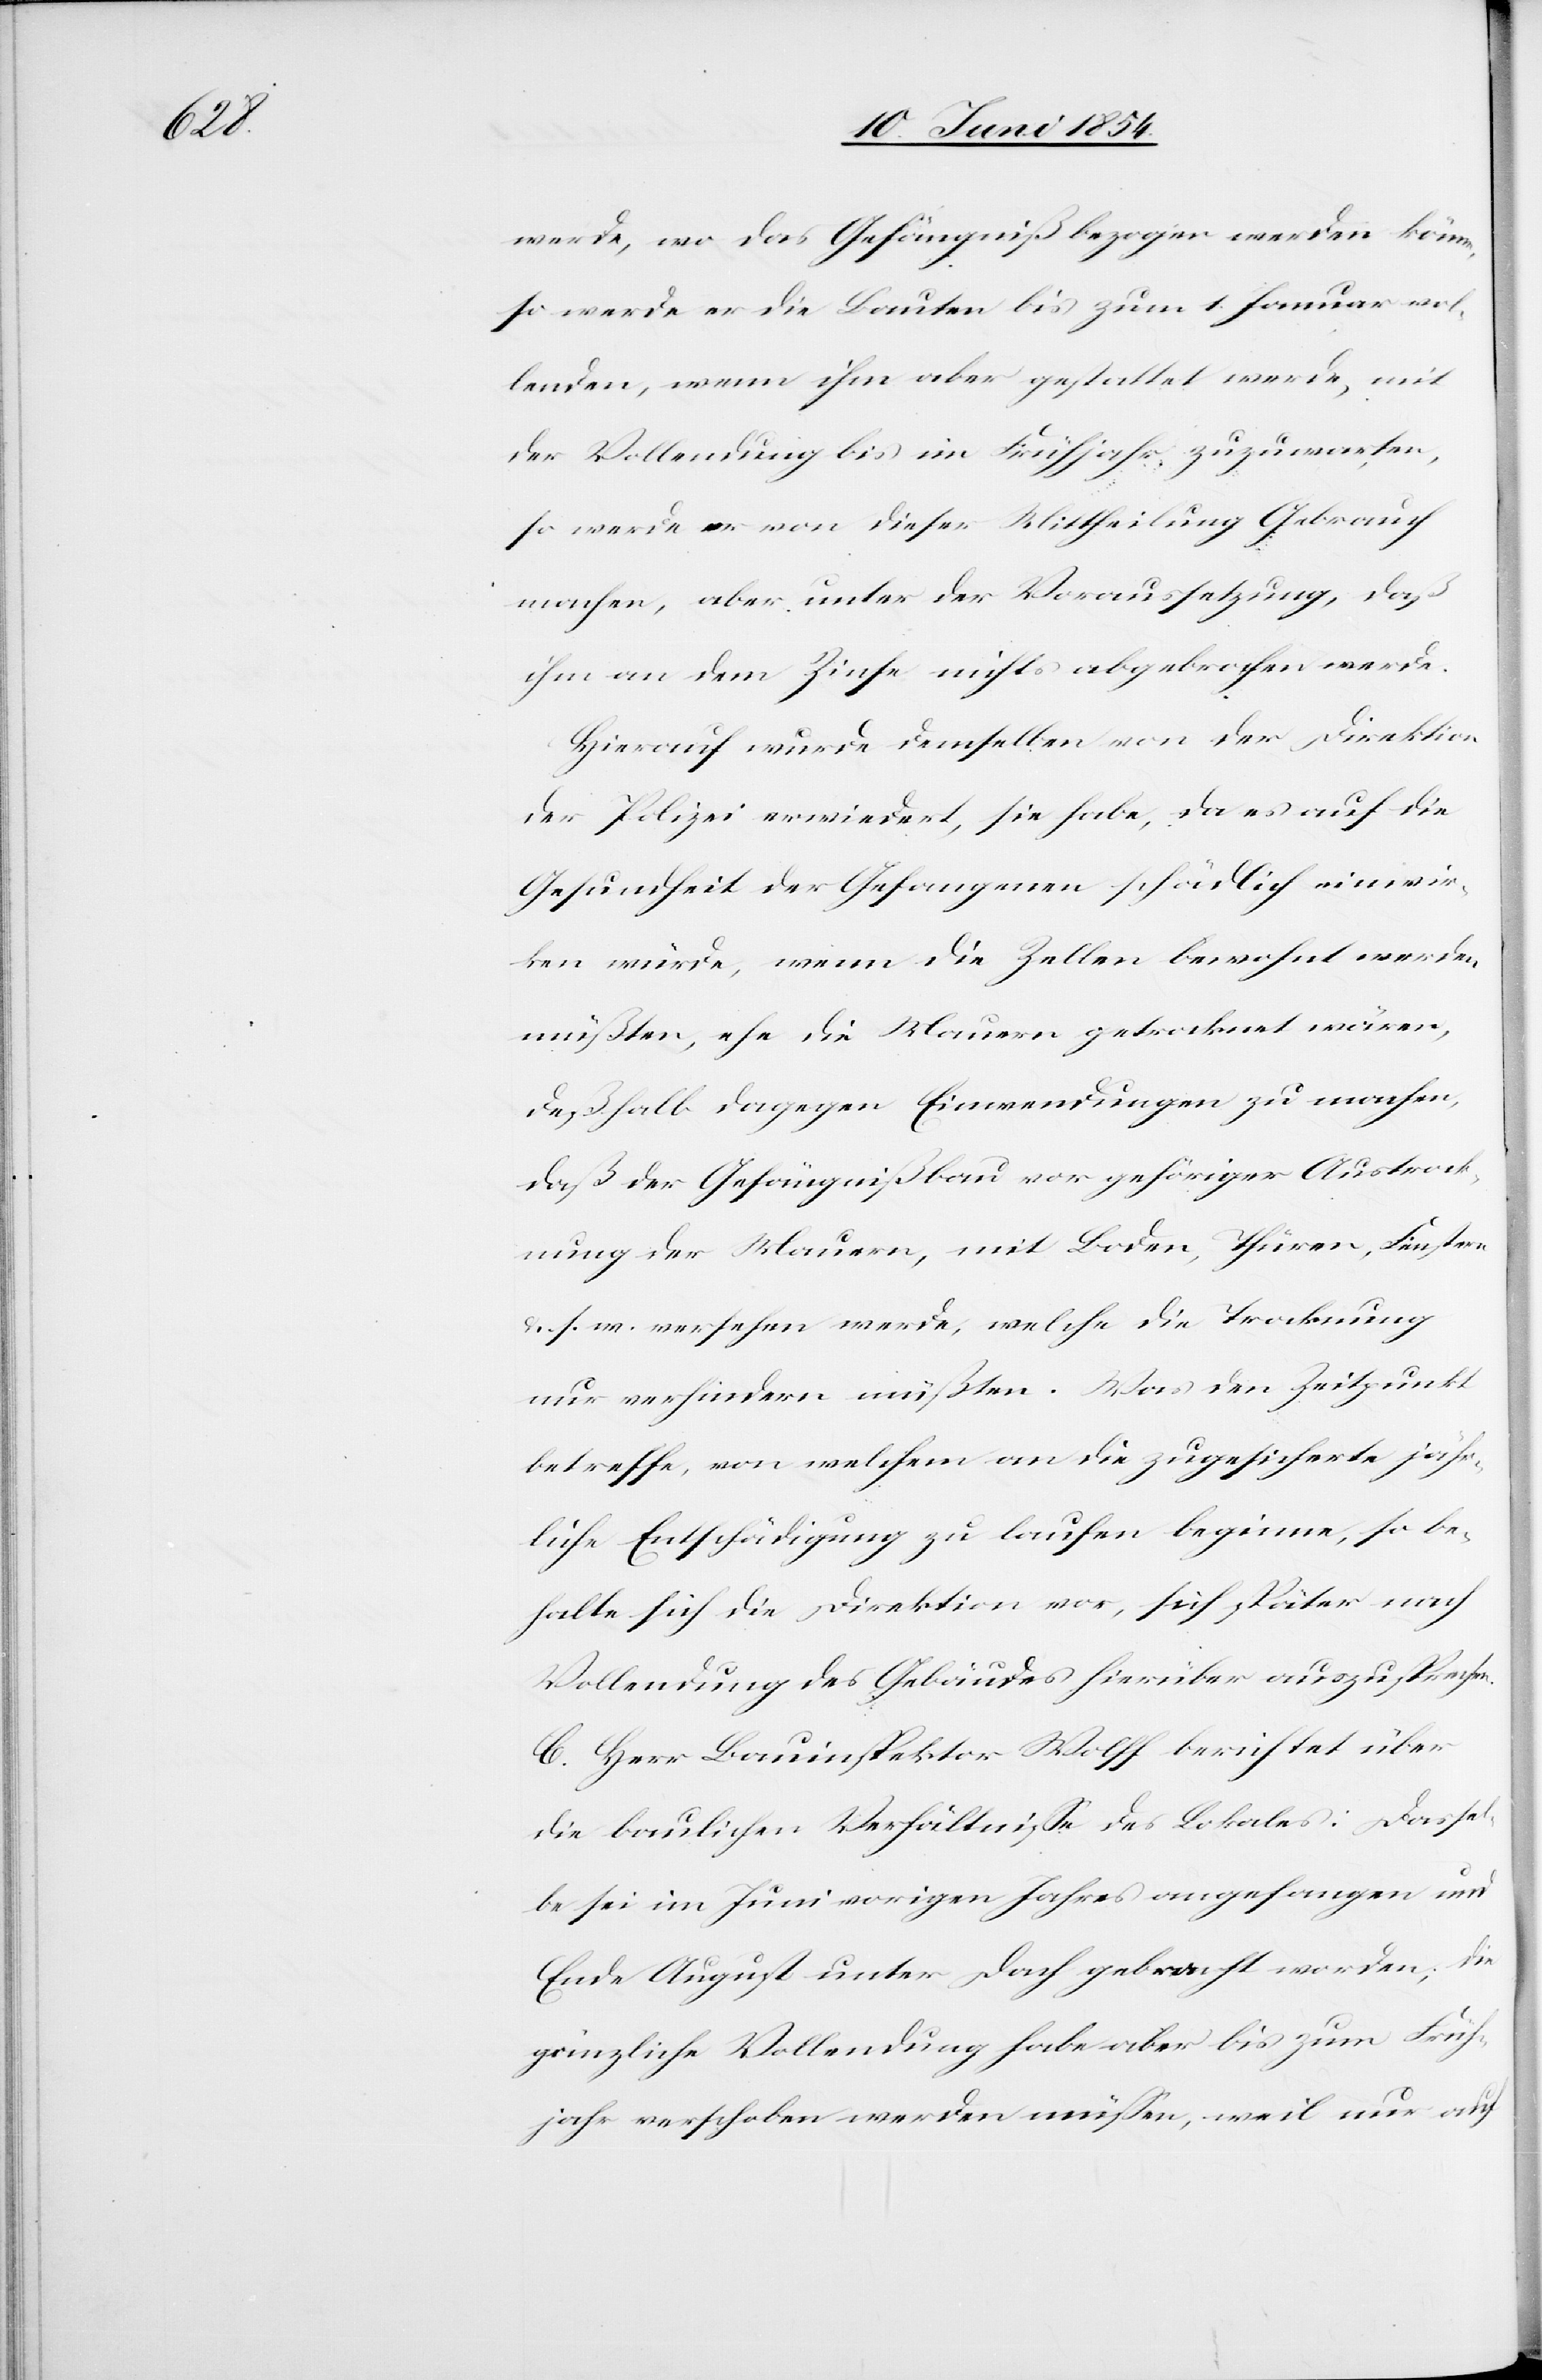
werde, wo das Gefängniß bezogen werden könne,
so werde er die Bauten bis zum 1. Januar vol¬
lenden, wenn ihm aber gestattet werde, mit
der Vollendung bis im Frühjahr zuzuwarten,
so werde er von dieser Mittheilung Gebraucht
machen, aber unter der Voraussetzung, daß
ihm an dem Zinse nichts abgebrochen werde.
Hierauf wurde demselben von der Direktion
der Polizei erwiedert, sie habe, da es auf die
Gesundheit der Gefangenen schädlich einwir¬
ken würde, wenn die Zellen bewohnt werden
müßten, ehe die Mauern getrocknet wären,
deßhalb dagegen Einwendungen zu machen,
daß der Gefängnißbau vor gehöriger Austrock¬
nung der Mauern, mit Boden, Thüren, Fenstern
u. s. w. versehen werde, welche die Trocknung
nur verhindern müßten. Was den Zeitpunkt
betreffe, von welchem an die zugesicherte jähr¬
liche Entschädigung zu laufen beginne, so be¬
halte sich die Direktion vor, sich später nach
Vollendung des Gebäudes hierüber auszusprechen.
C. Herr Bauinspektor Wolff berichtet über
die baulichen Verhältniße des Lokales: Dassel¬
be sei im Juni vorigen Jahres angefangen und
Ende August unter Dach gebracht worden; die
gänzliche Vollendung habe aber bis zum Früh¬
jahr verschoben werden müßen, weil nur auf